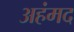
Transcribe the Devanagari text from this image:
अहंमद